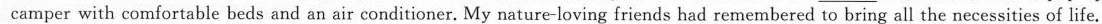
camper with comfortable beds and an air conditioner. My nature-loving friends had re mernbered to bring all the necessities of life.